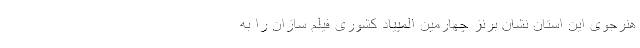
هنرجوی این استان نشان برنز چهارمین المپیاد کشوری فیلم سازان را به